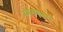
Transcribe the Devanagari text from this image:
स्मरणरूप